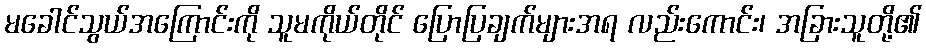
မခေါင်သွယ်အကြောင်းကို သူမကိုယ်တိုင် ပြောပြချက်များအရ လည်းကောင်း၊ အခြားသူတို့၏